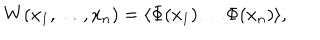
LaTeX: W ( x _ { 1 } , \ldots , x _ { n } ) = \langle \Phi ( x _ { 1 } ) \ldots \Phi ( x _ { n } ) \rangle ,